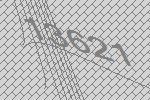
13621